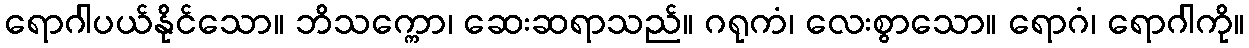
ရောဂါပယ်နိုင်သော။ ဘိသက္ကော၊ ဆေးဆရာသည်။ ဂရုကံ၊ လေးစွာသော။ ရောဂံ၊ ရောဂါကို။